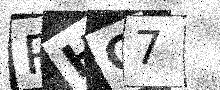
Text: RHO7